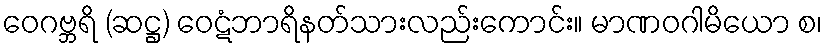
ဝေဂဗ္ဘရိ (ဆဋ္ဌ) ဝေဋံဘာရိနတ်သားလည်းကောင်း။ မာဏဝဂါမိယော စ၊